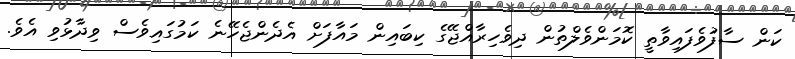
ކަން ސާފުވެފައިވާތީ ކޮމަންވެލްތުން ދިވެހިރާއްޖޭގެ ކިބައިން މައާފަށް އެދެންޖެހޭނެ ކަމުގައިވެސް ވިދާޅުވި އެވެ.